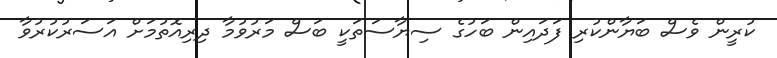
ކުރީން ވެސް ބަޔާންކުރި ފަދައިން ބަހުގެ ސިޔާސަތަކީ ބަސް މަރުވުމާ ދިރިއޮތުމަށް އަސަރުކުރުވާ